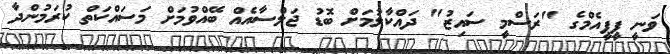
ވަނީ ޕީޕީއެމްގެ "ރަސްމީ ސައިޒު" ދައްކާލުމަށް ބޮޑު ޖަލްސާއެއްް ބޭއްވުމަށް މަސައްކަތް ކުރަމުންދާ